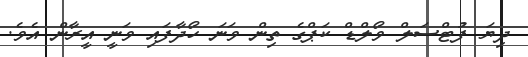
ދިޔަ ފުޓްސަލް ވޯލްޑް ކަޕްގެ ތިން ވަނަ ހޯދާފައި ވަނީ އީރާން އެވެ.